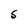
Character: S